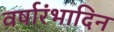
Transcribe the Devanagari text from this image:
वर्षारंभादिन